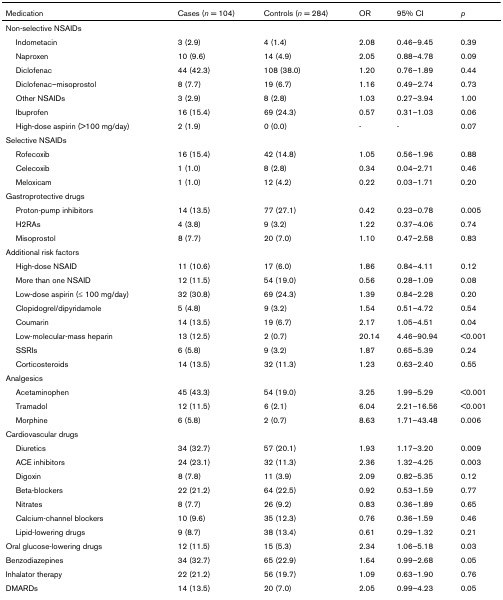
<table><thead><tr><td><b>Medication</b></td><td><b>Cases (<i>n </i>= 104)</b></td><td><b>Controls (<i>n </i>= 284)</b></td><td><b>OR</b></td><td><b>95% CI</b></td><td><b><i>p</i></b></td></tr></thead><tbody><tr><td>Non-selective NSAIDs</td><td>[EMPTY_CELL]</td><td>[EMPTY_CELL]</td><td>[EMPTY_CELL]</td><td>[EMPTY_CELL]</td><td>[EMPTY_CELL]</td></tr><tr><td> Indometacin</td><td>3 (2.9)</td><td>4 (1.4)</td><td>2.08</td><td>0.46–9.45</td><td>0.39</td></tr><tr><td> Naproxen</td><td>10 (9.6)</td><td>14 (4.9)</td><td>2.05</td><td>0.88–4.78</td><td>0.09</td></tr><tr><td> Diclofenac</td><td>44 (42.3)</td><td>108 (38.0)</td><td>1.20</td><td>0.76–1.89</td><td>0.44</td></tr><tr><td> Diclofenac–misoprostol</td><td>8 (7.7)</td><td>19 (6.7)</td><td>1.16</td><td>0.49–2.74</td><td>0.73</td></tr><tr><td> Other NSAIDs</td><td>3 (2.9)</td><td>8 (2.8)</td><td>1.03</td><td>0.27–3.94</td><td>1.00</td></tr><tr><td> Ibuprofen</td><td>16 (15.4)</td><td>69 (24.3)</td><td>0.57</td><td>0.31–1.03</td><td>0.06</td></tr><tr><td> High-dose aspirin (&gt;100 mg/day)</td><td>2 (1.9)</td><td>0 (0.0)</td><td>-</td><td>-</td><td>0.07</td></tr><tr><td>Selective NSAIDs</td><td>[EMPTY_CELL]</td><td>[EMPTY_CELL]</td><td>[EMPTY_CELL]</td><td>[EMPTY_CELL]</td><td>[EMPTY_CELL]</td></tr><tr><td> Rofecoxib</td><td>16 (15.4)</td><td>42 (14.8)</td><td>1.05</td><td>0.56–1.96</td><td>0.88</td></tr><tr><td> Celecoxib</td><td>1 (1.0)</td><td>8 (2.8)</td><td>0.34</td><td>0.04–2.71</td><td>0.46</td></tr><tr><td> Meloxicam</td><td>1 (1.0)</td><td>12 (4.2)</td><td>0.22</td><td>0.03–1.71</td><td>0.20</td></tr><tr><td>Gastroprotective drugs</td><td>[EMPTY_CELL]</td><td>[EMPTY_CELL]</td><td>[EMPTY_CELL]</td><td>[EMPTY_CELL]</td><td>[EMPTY_CELL]</td></tr><tr><td> Proton-pump inhibitors</td><td>14 (13.5)</td><td>77 (27.1)</td><td>0.42</td><td>0.23–0.78</td><td>0.005</td></tr><tr><td> H2RAs</td><td>4 (3.8)</td><td>9 (3.2)</td><td>1.22</td><td>0.37–4.06</td><td>0.74</td></tr><tr><td> Misoprostol</td><td>8 (7.7)</td><td>20 (7.0)</td><td>1.10</td><td>0.47–2.58</td><td>0.83</td></tr><tr><td>Additional risk factors</td><td>[EMPTY_CELL]</td><td>[EMPTY_CELL]</td><td>[EMPTY_CELL]</td><td>[EMPTY_CELL]</td><td>[EMPTY_CELL]</td></tr><tr><td> High-dose NSAID</td><td>11 (10.6)</td><td>17 (6.0)</td><td>1.86</td><td>0.84–4.11</td><td>0.12</td></tr><tr><td> More than one NSAID</td><td>12 (11.5)</td><td>54 (19.0)</td><td>0.56</td><td>0.28–1.09</td><td>0.08</td></tr><tr><td> Low-dose aspirin (≤ 100 mg/day)</td><td>32 (30.8)</td><td>69 (24.3)</td><td>1.39</td><td>0.84–2.28</td><td>0.20</td></tr><tr><td> Clopidogrel/dipyridamole</td><td>5 (4.8)</td><td>9 (3.2)</td><td>1.54</td><td>0.51–4.72</td><td>0.54</td></tr><tr><td> Coumarin</td><td>14 (13.5)</td><td>19 (6.7)</td><td>2.17</td><td>1.05–4.51</td><td>0.04</td></tr><tr><td> Low-molecular-mass heparin</td><td>13 (12.5)</td><td>2 (0.7)</td><td>20.14</td><td>4.46–90.94</td><td>&lt;0.001</td></tr><tr><td> SSRIs</td><td>6 (5.8)</td><td>9 (3.2)</td><td>1.87</td><td>0.65–5.39</td><td>0.24</td></tr><tr><td> Corticosteroids</td><td>14 (13.5)</td><td>32 (11.3)</td><td>1.23</td><td>0.63–2.40</td><td>0.55</td></tr><tr><td>Analgesics</td><td>[EMPTY_CELL]</td><td>[EMPTY_CELL]</td><td>[EMPTY_CELL]</td><td>[EMPTY_CELL]</td><td>[EMPTY_CELL]</td></tr><tr><td> Acetaminophen</td><td>45 (43.3)</td><td>54 (19.0)</td><td>3.25</td><td>1.99–5.29</td><td>&lt;0.001</td></tr><tr><td> Tramadol</td><td>12 (11.5)</td><td>6 (2.1)</td><td>6.04</td><td>2.21–16.56</td><td>&lt;0.001</td></tr><tr><td> Morphine</td><td>6 (5.8)</td><td>2 (0.7)</td><td>8.63</td><td>1.71–43.48</td><td>0.006</td></tr><tr><td>Cardiovascular drugs</td><td>[EMPTY_CELL]</td><td>[EMPTY_CELL]</td><td>[EMPTY_CELL]</td><td>[EMPTY_CELL]</td><td>[EMPTY_CELL]</td></tr><tr><td> Diuretics</td><td>34 (32.7)</td><td>57 (20.1)</td><td>1.93</td><td>1.17–3.20</td><td>0.009</td></tr><tr><td> ACE inhibitors</td><td>24 (23.1)</td><td>32 (11.3)</td><td>2.36</td><td>1.32–4.25</td><td>0.003</td></tr><tr><td> Digoxin</td><td>8 (7.8)</td><td>11 (3.9)</td><td>2.09</td><td>0.82–5.35</td><td>0.12</td></tr><tr><td> Beta-blockers</td><td>22 (21.2)</td><td>64 (22.5)</td><td>0.92</td><td>0.53–1.59</td><td>0.77</td></tr><tr><td> Nitrates</td><td>8 (7.7)</td><td>26 (9.2)</td><td>0.83</td><td>0.36–1.89</td><td>0.65</td></tr><tr><td> Calcium-channel blockers</td><td>10 (9.6)</td><td>35 (12.3)</td><td>0.76</td><td>0.36–1.59</td><td>0.46</td></tr><tr><td> Lipid-lowering drugs</td><td>9 (8.7)</td><td>38 (13.4)</td><td>0.61</td><td>0.29–1.32</td><td>0.21</td></tr><tr><td>Oral glucose-lowering drugs</td><td>12 (11.5)</td><td>15 (5.3)</td><td>2.34</td><td>1.06–5.18</td><td>0.03</td></tr><tr><td>Benzodiazepines</td><td>34 (32.7)</td><td>65 (22.9)</td><td>1.64</td><td>0.99–2.68</td><td>0.05</td></tr><tr><td>Inhalator therapy</td><td>22 (21.2)</td><td>56 (19.7)</td><td>1.09</td><td>0.63–1.90</td><td>0.76</td></tr><tr><td>DMARDs</td><td>14 (13.5)</td><td>20 (7.0)</td><td>2.05</td><td>0.99–4.23</td><td>0.05</td></tr></tbody></table>